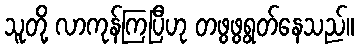
သူတို့ လာကုန်ကြပြီဟု တဖွဖွရွတ်နေသည်။